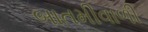
બાતમીવાળી